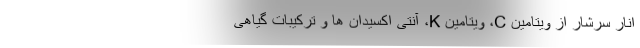
انار سرشار از ویتامین C، ویتامین K، آنتی اکسیدان ها و ترکیبات گیاهی